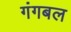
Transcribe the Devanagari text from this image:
गंगबल